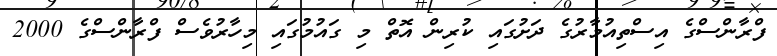
ފްރާންސްގެ އިސްތިއުމާރުގެ ދަށުގައި ކުރިން އޮތް މި ގައުމުގައި މިހާރުވެސް ފްރާންސްގެ 2000